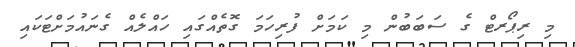
މި ރިޕޯރޓް ގެ ސަބަބުން މި ކަމަށް ފުރިހަމަ ގޮތެއްގައި ހައްލެއް ގެނައުމަށްޓަކައި